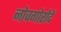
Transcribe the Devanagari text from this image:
नोवगोरोदें